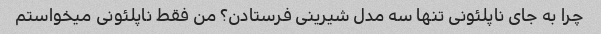
چرا به جای ناپلئونی تنها سه مدل شیرینی فرستادن؟ من فقط ناپلئونی میخواستم